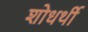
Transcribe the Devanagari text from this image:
शोधर्थी